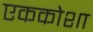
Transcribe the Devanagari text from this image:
एककोशा